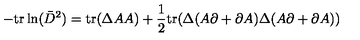
- \mathrm { t r } \ln ( \bar { D } ^ { 2 } ) = \mathrm { t r } ( \Delta A A ) + \frac { 1 } { 2 } \mathrm { t r } ( \Delta ( A \partial + \partial A ) \Delta ( A \partial + \partial A ) )